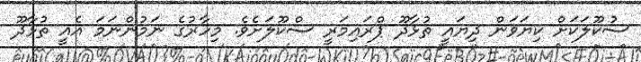
ސުކޫލަކަށް ކިޔަވަން ދިޔައީ ތުޅާދޫ ޕްރައިމަރީ ސްކޫލަށެވެ. މިހާރުގެ ނަމުންނަމަ އެއީ ތުޅާދޫ